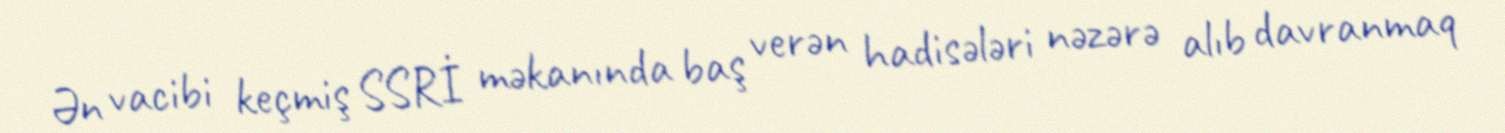
Ən vacibi keçmiş SSRİ məkanında baş verən hadisələri nəzərə alıb davranmaq